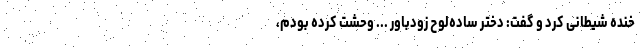
خنده شیطانی کرد و گفت: دختر ساده‌لوح زودباور ... وحشت کرده بودم،